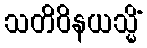
သတိဝိနယသ္မိံ